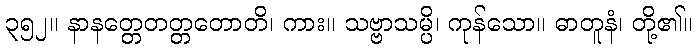
၃၅၂။ နာနတ္တေတတ္တတောတိ၊ ကား။ သဗ္ဗာသမ္ပိ၊ ကုန်သော။ ဓာတူနံ၊ တို့၏။